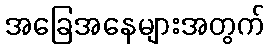
အခြေအနေများအတွက်